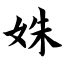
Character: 姝